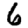
Digit: 6